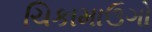
ચિકામાઉગો